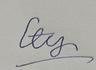
Signature authenticity: forged